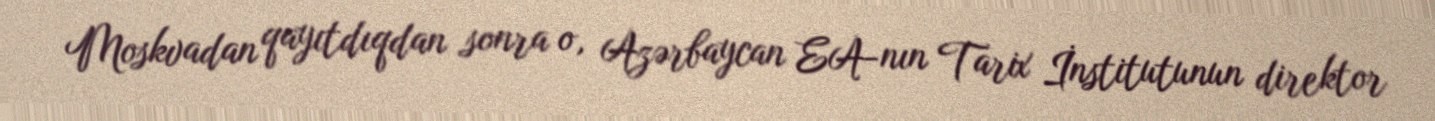
Moskvadan qayıtdıqdan sonra o, Azərbaycan EA-nın Tarix İnstitutunun direktor